Lunatic asylums Central Provinces reports 1895-1909 - 1895-1909
Year: 1895
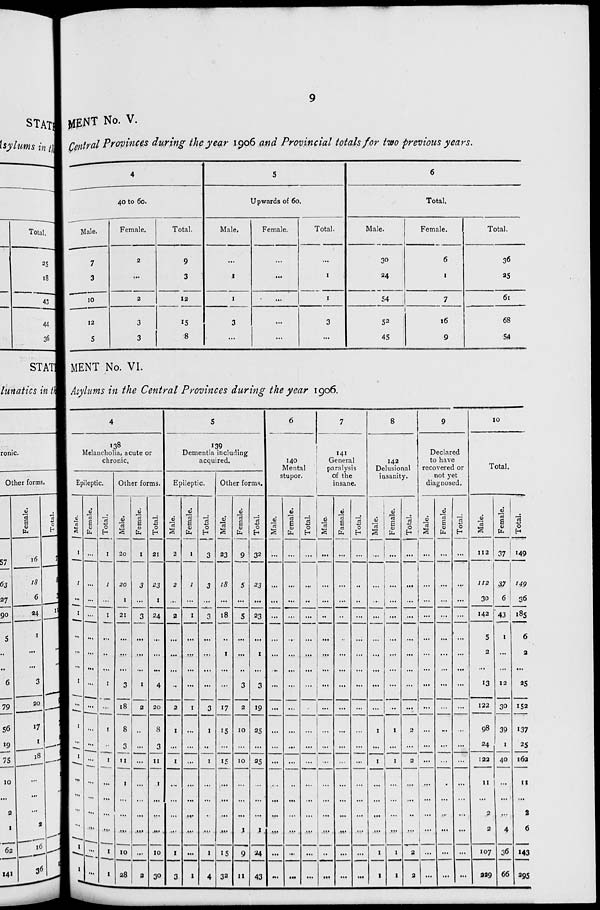
9
MENT No. V.
Central Provinces during the year 1906 and Provincial totals for two previous years.
4
40 to 60.
Male.
7
3
10
12
5
Female.
2
...
2
3
3
Total.
9
3
12
15
8
5
Upwards of 60.
Male.
...
1
1
3
...
Female.
...
...
...
...
...
Total.
...
1
1
3
...
6
Total.
Male.
30
24
54
52
45
Female.
6
1
7
16
9
Total.
36
25
61
68
54
MENT No. VI.
Asylums in the Central Provinces during the year 1906.
4
138
Melancholia, acute or
chronic.
Epileptic.
Male.
1
1
...
1
...
...
...
1
...
1
...
1
...
...
...
...
1
1
Female.
...
...
...
...
...
...
...
...
...
...
...
...
...
...
...
...
...
...
Total.
1
1
...
1
...
...
...
1
...
1
...
1
...
...
...
...
1
1
Other forms.
Male.
20
20
1
21
...
...
...
3
18
8
3
11
1
...
...
...
10
28
Female.
1
3
...
3
...
...
...
1
2
...
...
...
...
...
...
...
...
2
Total.
21
23
1
24
...
...
...
4
20
8
3
11
1
...
...
...
10
30
5
139
Dementia including
acquired.
Epileptic.
Male.
2
2
...
2
...
...
...
...
2
1
...
1
...
...
...
...
1
3
Female.
1
1
...
1
...
...
...
...
1
...
...
...
...
...
...
...
...
1
Total.
3
3
...
3
...
...
...
...
3
1
...
1
...
...
...
...
1
4
Other forms.
Male.
23
18
...
18
..
1
...
...
17
15
...
15
...
...
...
...
15
32
Female.
9
5
...
5
...
...
...
3
2
10
...
10
...
...
...
1
9
11
Total.
32
23
...
23
...
1
...
3
19
25
...
25
...
...
...
1
24
43
6
140
Mental
stupor.
Male.
...
...
...
...
...
...
...
...
...
...
...
...
...
...
...
...
...
...
Female.
...
...
...
...
...
...
...
...
...
...
...
...
...
...
...
...
...
...
Total.
...
...
...
...
...
...
...
...
...
...
...
...
...
...
...
...
...
...
7
141
General
paralysis
of the
insane.
Male.
...
...
...
...
...
...
...
...
...
...
...
...
...
...
...
...
...
...
Female.
...
...
...
...
...
...
...
...
...
...
...
...
...
...
...
...
...
...
Total.
...
...
...
...
...
...
...
...
...
...
...
...
...
...
...
...
...
...
8
142
Delusional
insanity.
Male.
...
...
...
...
...
...
...
...
...
1
...
1
...
...
...
...
1
1
Female.
...
...
...
...
...
...
...
...
...
1
...
1
...
...
...
...
1
1
Total.
...
...
...
...
...
...
...
...
2
...
2
...
...
...
...
2
2
9
Declared
to have
recovered or
not yet
diagnosed.
Male.
...
...
...
...
...
...
...
...
...
...
...
...
...
...
...
...
...
...
Female.
...
...
...
...
...
...
...
...
...
...
...
...
...
...
...
...
...
...
Total.
...
...
...
...
...
...
...
...
...
...
...
...
...
...
...
...
...
...
10
Total.
Male.
112
112
30
142
5
2
...
13
122
98
24
122
11
...
2
2
107
229
Female.
37
37
6
43
1
...
...
12
30
39
1
40
...
...
...
4
36
66
Total.
149
149
36
185
6
2
...
25
152
137
25
162
11
...
2
6
143
295